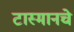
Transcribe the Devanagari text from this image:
टास्मानचे